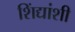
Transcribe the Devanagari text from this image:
शिंद्यांशी